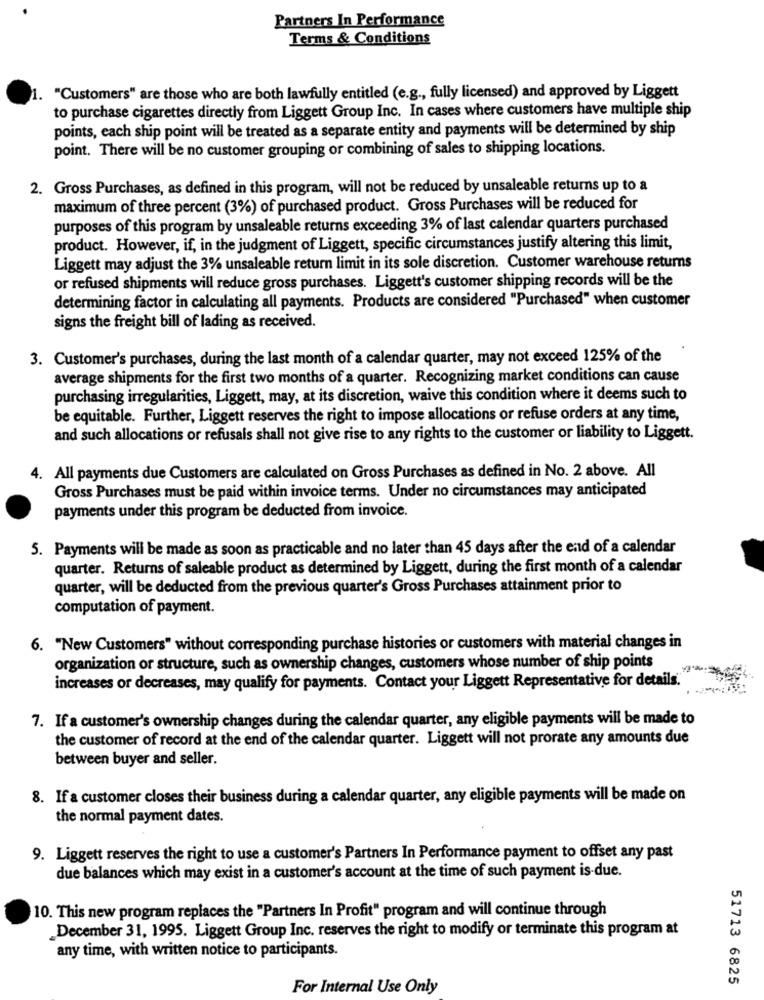
Partners In Performance
Terms & Conditions
1. "Customers" are those who are both lawfully entitled (e.g ., fully licensed) and approved by Liggett
to purchase cigarettes directly from Liggett Group Inc. In cases where customers have multiple ship
points, each ship point will be treated as a separate entity and payments will be determined by ship
point. There will be no customer grouping or combining of sales to shipping locations.
2. Gross Purchases, as defined in this program, will not be reduced by unsaleable returns up to a
maximum of three percent (3%) of purchased product. Gross Purchases will be reduced for
purposes of this program by unsaleable returns exceeding 3% of last calendar quarters purchased
product. However, if, in the judgment of Liggett, specific circumstances justify altering this limit,
Liggett may adjust the 3% unsaleable return limit in its sole discretion. Customer warehouse returns
or refused shipments will reduce gross purchases. Liggett's customer shipping records will be the
determining factor in calculating all payments. Products are considered "Purchased" when customer
signs the freight bill of lading as received.
3. Customer's purchases, during the last month of a calendar quarter, may not exceed 125% of the
average shipments for the first two months of a quarter. Recognizing market conditions can cause
purchasing irregularities, Liggett, may, at its discretion, waive this condition where it deems such to
be equitable. Further, Liggett reserves the right to impose allocations or refuse orders at any time,
and such allocations or refusals shall not give rise to any rights to the customer or liability to Liggett.
4. All payments due Customers are calculated on Gross Purchases as defined in No. 2 above. All
Gross Purchases must be paid within invoice terms. Under no circumstances may anticipated
payments under this program be deducted from invoice.
5. Payments will be made as soon as practicable and no later than 45 days after the end of a calendar
quarter. Returns of saleable product as determined by Liggett, during the first month of a calendar
quarter, will be deducted from the previous quarter's Gross Purchases attainment prior to
computation of payment.
6. "New Customers" without corresponding purchase histories or customers with material changes in
organization or structure, such as ownership changes, customers whose number of ship points
increases or decreases, may qualify for payments. Contact your Liggett Representative for details.
7. If a customer's ownership changes during the calendar quarter, any eligible payments will be made to
the customer of record at the end of the calendar quarter. Liggett will not prorate any amounts due
between buyer and seller.
8. If a customer closes their business during a calendar quarter, any eligible payments will be made on
the normal payment dates.
9. Liggett reserves the right to use a customer's Partners In Performance payment to offset any past
due balances which may exist in a customer's account at the time of such payment is-due.
10. This new program replaces the "Partners In Profit" program and will continue through
December 31, 1995. Liggett Group Inc. reserves the right to modify or terminate this program at
any time, with written notice to participants.
51713 6825
For Internal Use Only